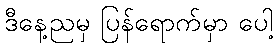
ဒီနေ့ညမှ ပြန်ရောက်မှာ ပေါ့